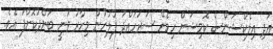
އަދި އިލެކްޝަންސް ކޮމިޝަން ހިމެނޭ ސަރަހައްދު ފުލުހުން މިހާރު ވަނީ ބަންދުކޮށްފަ އެވެ.